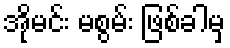
အိုမင်း မစွမ်း ဖြစ်ခါမှ